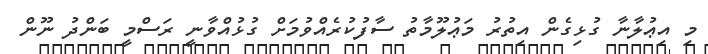
މި އިޢުލާނާ ގުޅިގެން އިތުރު މަޢުލޫމާތު ސާފުކުރެއްވުމަށް ގުޅުއްވާނީ ރަސްމީ ބަންދު ނޫން